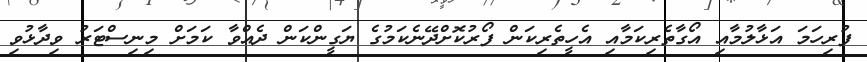
ފުރިހަމަ އަޅާލުމާއި އޯގާތެރިކަމާއި އެހީތެރިކަން ފޯރުކޮށްދޭނެކަމުގެ ޔަގީންކަން ދެއްވާ ކަމަށް މިނިސްޓަރު ވިދާޅުވި